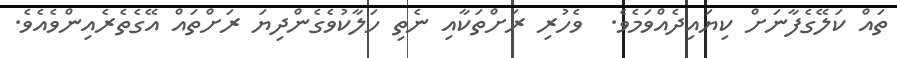
ތައް ކަލޭގެފާނަށް ކިޔައިދެއްވަމެވެ.  ވެހުރި ރަށްތަކާއި ނެތި ހަލާކުވެގެންދިޔަ ރަށްތައް އޭގެތެރެއިންވެއެވެ.